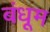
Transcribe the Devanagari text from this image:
बंधूम